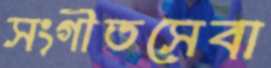
সংগীতসেবা